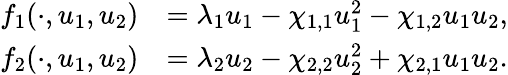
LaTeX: \begin{array}{rl}{f_{1}(\cdot,u_{1},u_{2})}&{=\lambda_{1}u_{1}-\chi_{1,1}u_{1}^{2}-\chi_{1,2}u_{1}u_{2},}\\ {f_{2}(\cdot,u_{1},u_{2})}&{=\lambda_{2}u_{2}-\chi_{2,2}u_{2}^{2}+\chi_{2,1}u_{1}u_{2}.}\end{array}